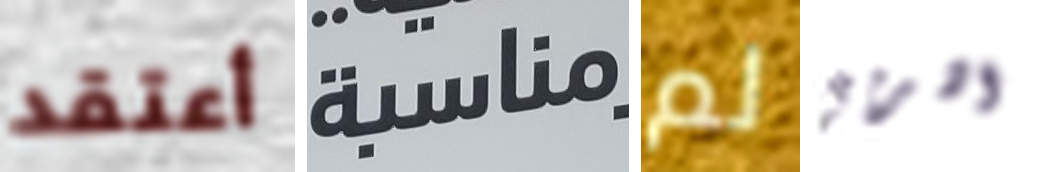
أعتقد مناسبة لم اشربي